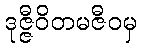
ဒုဇ္ဇီဝိတမဇီဝမှ